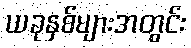
ယခုနှစ်များအတွင်း